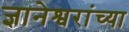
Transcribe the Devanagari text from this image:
ज्ञानेश्वरांंच्या